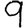
Digit: 9